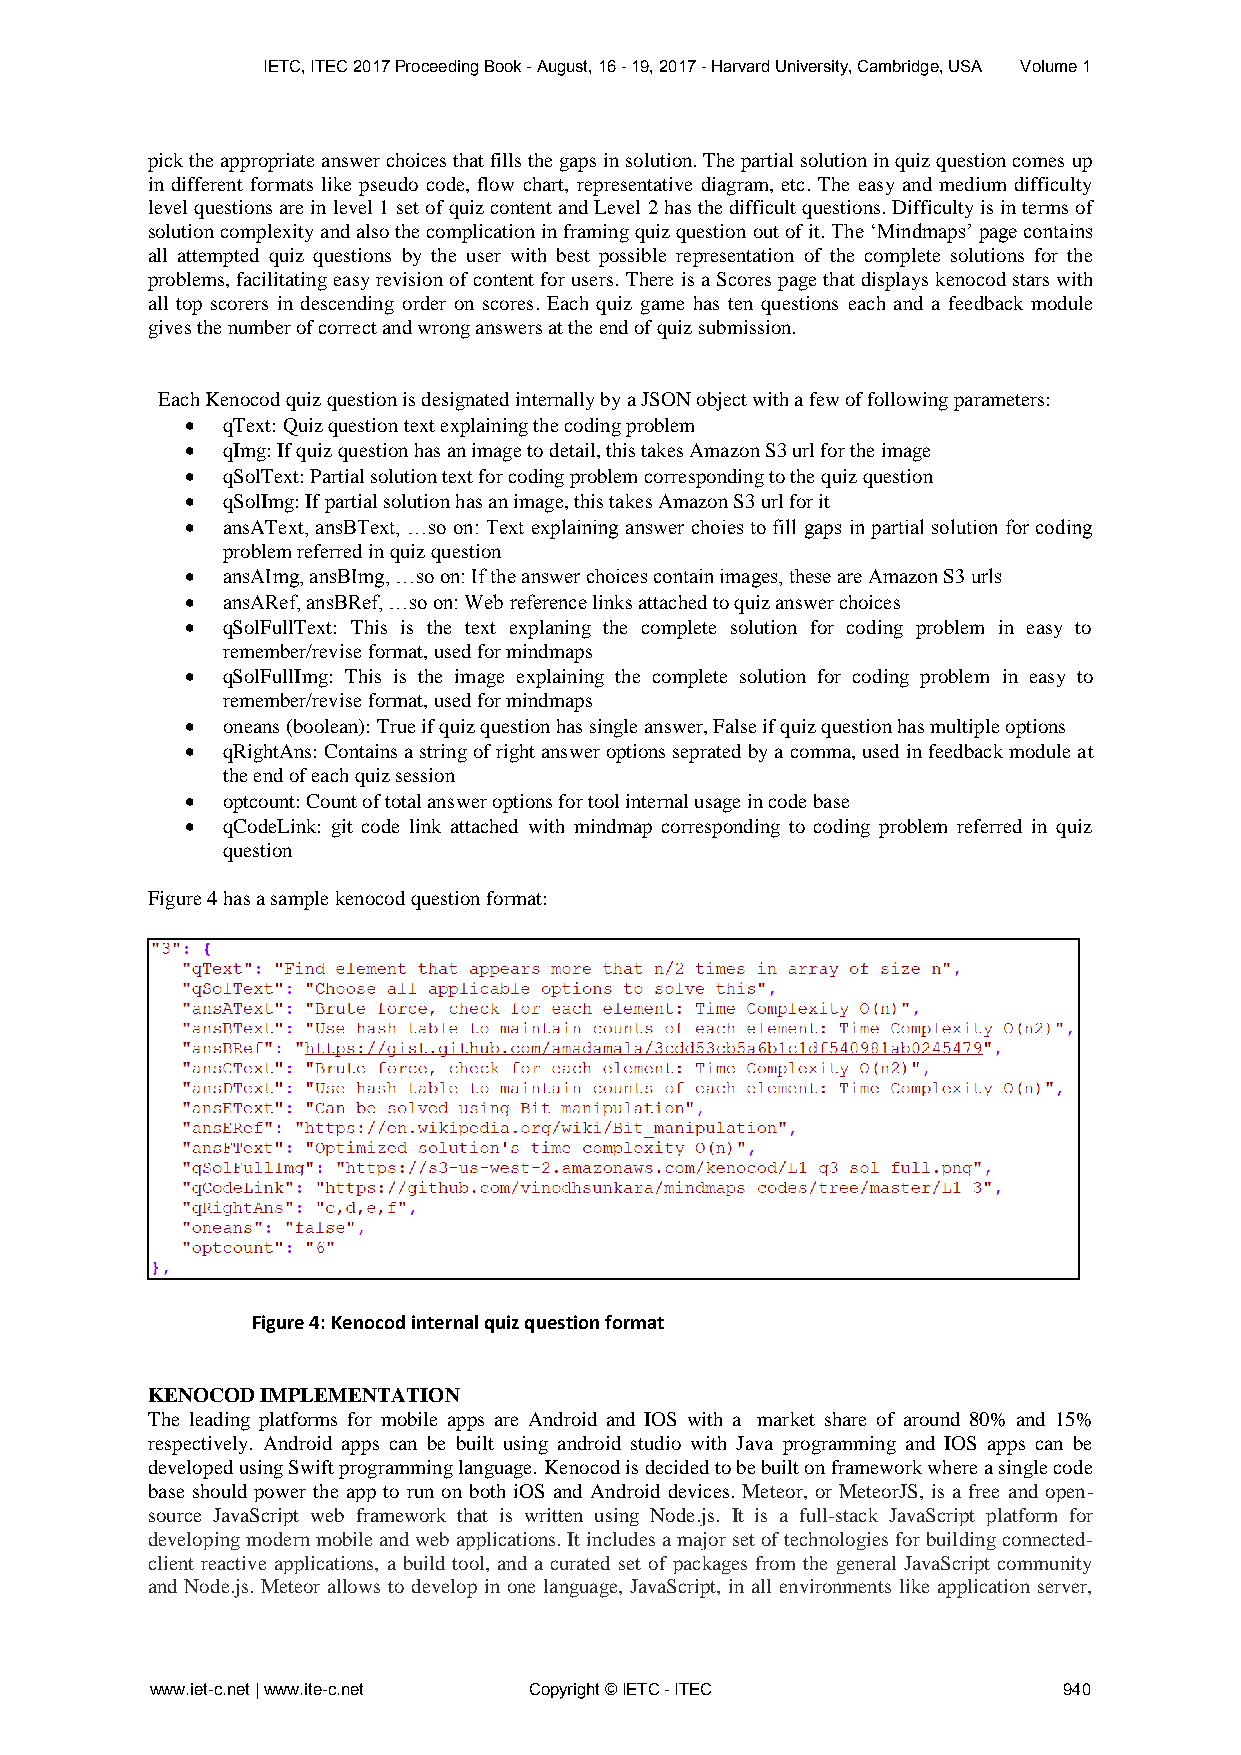
IETC, ITEC 2017 Proceeding Book - August, 16 - 19, 2017 - Harvard University, Cambridge, USA Volume 1
 pick the appropriate answer choices that fills the gaps in solution. The partial solution in quiz question comes up
 in different formats like pseudo code, flow chart, representative diagram, etc. The easy and medium difficulty
 level questions are in level 1 set of quiz content and Level 2 has the difficult questions. Difficulty is in terms of
 solution complexity and also the complication in framing quiz question out of it. The ‘Mindmaps’ page contains
 all attempted quiz questions by the user with best possible representation of the complete solutions for the
 problems, facilitating easy revision of content for users. There is a Scores page that displays kenocod stars with
 all top scorers in descending order on scores. Each quiz game has ten questions each and a feedback module
 gives the number of correct and wrong answers at the end of quiz submission.
 Each Kenocod quiz question is designated internally by a JSON object with a few of following parameters:
   qText: Quiz question text explaining the coding problem
   qImg: If quiz question has an image to detail, this takes Amazon S3 url for the image
   qSolText: Partial solution text for coding problem corresponding to the quiz question
   qSolImg: If partial solution has an image, this takes Amazon S3 url for it
   ansAText, ansBText, …so on: Text explaining answer choies to fill gaps in partial solution for coding
 problem referred in quiz question
   ansAImg, ansBImg, …so on: If the answer choices contain images, these are Amazon S3 urls
   ansARef, ansBRef, …so on: Web reference links attached to quiz answer choices
   qSolFullText: This is the text explaning the complete solution for coding problem in easy to
 remember/revise format, used for mindmaps
   qSolFullImg: This is the image explaining the complete solution for coding problem in easy to
 remember/revise format, used for mindmaps
   oneans (boolean): True if quiz question has single answer, False if quiz question has multiple options
   qRightAns: Contains a string of right answer options seprated by a comma, used in feedback module at
 the end of each quiz session
   optcount: Count of total answer options for tool internal usage in code base
   qCodeLink: git code link attached with mindmap corresponding to coding problem referred in quiz
 question
 Figure 4 has a sample kenocod question format:
 Figure 4: Kenocod internal quiz question format
 KENOCOD IMPLEMENTATION
 The leading platforms for mobile apps are Android and IOS with a market share of around 80% and 15%
 respectively. Android apps can be built using android studio with Java programming and IOS apps can be
 developed using Swift programming language. Kenocod is decided to be built on framework where a single code
 base should power the app to run on both iOS and Android devices. Meteor, or MeteorJS, is a free and open-
 source JavaScript web framework that is written using Node.js. It is a full-stack JavaScript platform for
 developing modern mobile and web applications. It includes a major set of technologies for building connected-
 client reactive applications, a build tool, and a curated set of packages from the general JavaScript community
 and Node.js. Meteor allows to develop in one language, JavaScript, in all environments like application server,
 www.iet-c.net | www.ite-c.net Copyright © IETC - ITEC       940